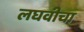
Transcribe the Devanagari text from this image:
लघवीचा